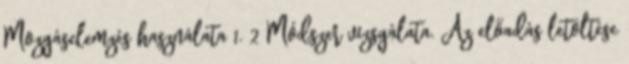
Mozgáselemzés használata 1. 2 Módszer vizsgálata. Az előadás letöltése